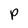
Character: P